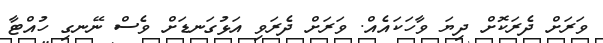
ވަރަށް ދެރަކޮށް ދިޔަ ވާހަކައެއް. ވަރަށް ދެރަވި އަޅުގަނޑަށް ވެސް ނޭނގި ހުއްޓާ